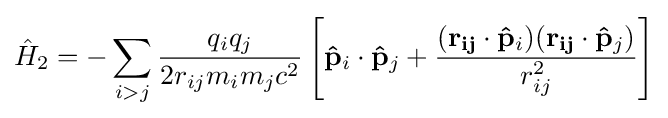
{\hat {H}}_{2}=-\sum _{i>j}{\frac {q_{i}q_{j}}{2r_{ij}m_{i}m_{j}c^{2}}}\left[\mathbf {\hat {p}} _{i}\cdot \mathbf {\hat {p}} _{j}+{\frac {(\mathbf {r_{ij}} \cdot \mathbf {\hat {p}} _{i})(\mathbf {r_{ij}} \cdot \mathbf {\hat {p}} _{j})}{r_{ij}^{2}}}\right]